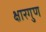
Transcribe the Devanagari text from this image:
क्षारगुण